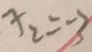
x _ { 2 } = - 3